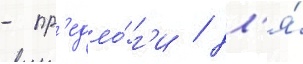
- пр'едло́г'и / дл'я́